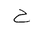
Letter: _ha